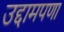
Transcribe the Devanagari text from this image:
उद्दामपणा